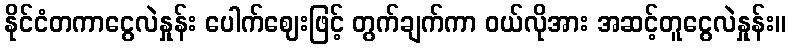
နိုင်ငံတကာငွေလဲနှုန်း ပေါက်ဈေးဖြင့် တွက်ချက်ကာ ဝယ်လိုအား အဆင့်တူငွေလဲနှုန်း။